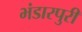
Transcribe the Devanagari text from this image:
भंडारपुरी